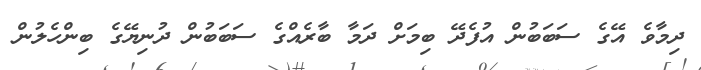
ދިމާވެ އޭގެ ސަބަބުން އުފެދޭ ބިމަށް ދަމާ ބާރެއްގެ ސަބަބުން ދުނިޔޭގެ ބިންހެލުން